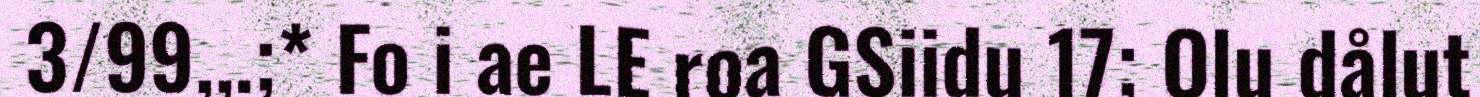
3/99,,.;* Fo i ae LE roa GSiidu 17; Olu dålut